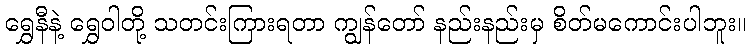
ရွှေနီနဲ့ ရွှေဝါတို့ သတင်းကြားရတာ ကျွန်တော် နည်းနည်းမှ စိတ်မကောင်းပါဘူး။